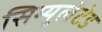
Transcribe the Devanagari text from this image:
सिम्युलेटेड